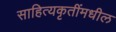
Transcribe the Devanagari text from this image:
साहित्यकृतींमधील